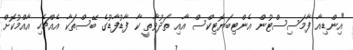
"އިންޑިއާ ފާމަސިސްޓުން އެންޓިބަޔޮޓިކްސް އާއި ތަދުވާތީ ކާ ފާޑުފާޑުގެ ބޭސްތަކާ އެއްޗެހި އާއްމުކޮށް